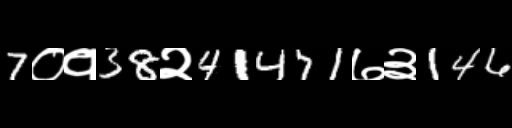
Text: 7०१38२41471७३146